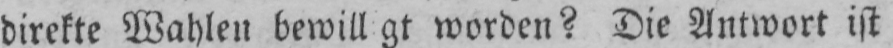
worden? Die Antwort ist